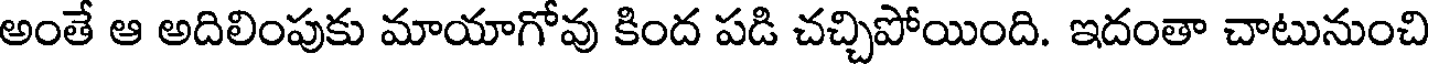
అంతే ఆ అదిలింపుకు మాయాగోవు కింద పడి చచ్చిపోయింది. ఇదంతా చాటునుంచి